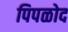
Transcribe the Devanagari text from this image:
पिपळोद